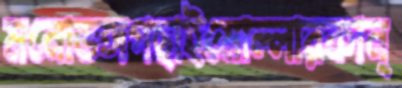
মনোভঙ্গগছাইমোল্লারকান্